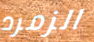
الزمرد